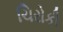
ચિરોકી